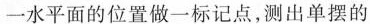
以水平面的位置做一标记点，测出单摆的